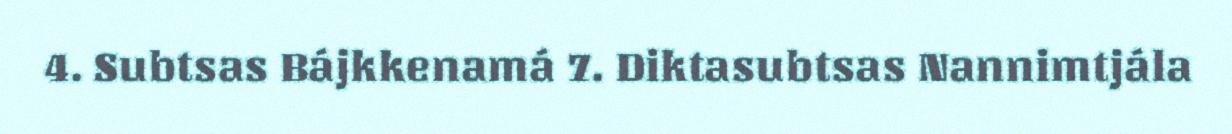
4. Subtsas Bájkkenamá 7. Diktasubtsas Nannimtjála